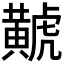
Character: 𪏐